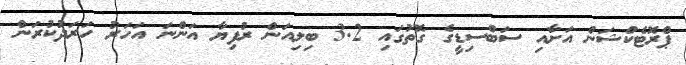
ޕްރޮޓެކްޝަން އަށާއި ސަބްސިޑީގެ ގޮތުގައި 3.2 ބިލިއަން ރުފިޔާ އަންނަ އަހަރު ހަރަދުކުރަން